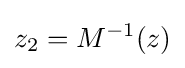
z_{2}=M^{-1}(z)